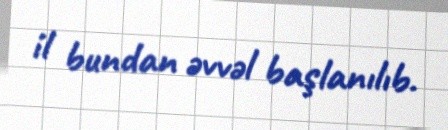
il bundan əvvəl başlanılıb.